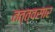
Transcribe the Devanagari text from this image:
तत्त्वसार